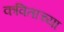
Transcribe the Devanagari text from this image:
कविताच्या